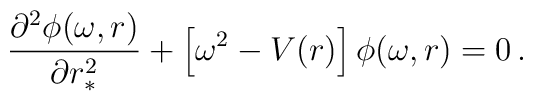
\frac{\partial^{2} \phi(\omega,r)}{\partial r_*^{2}} +\left\lbrack\omega^2-V(r)\right\rbrack\phi(\omega,r)=0 \,.